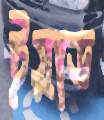
ইয়াড